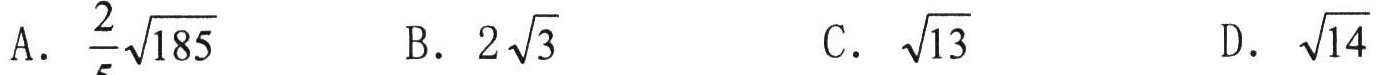
A. $\frac{2}{5}\sqrt{185}$  B. $2\sqrt{3}$  C. $\sqrt{13}$  D. $\sqrt{14}$